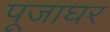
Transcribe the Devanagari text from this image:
पूजाघर